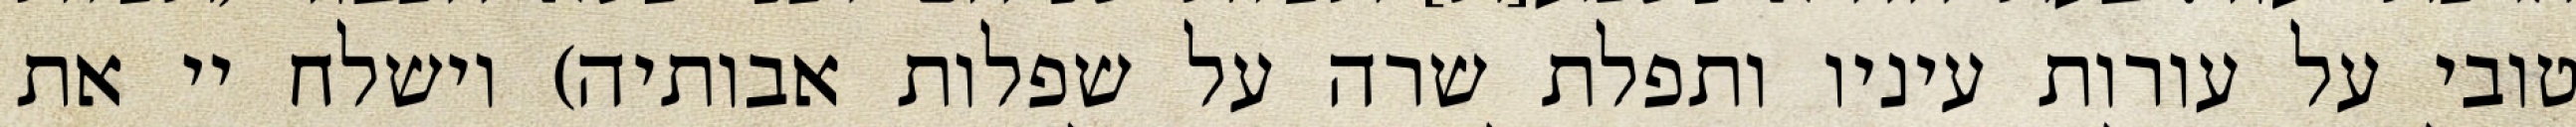
טובי על עורות עיניו ותפלת שרה על שפלות אבותיה) וישלח יי את